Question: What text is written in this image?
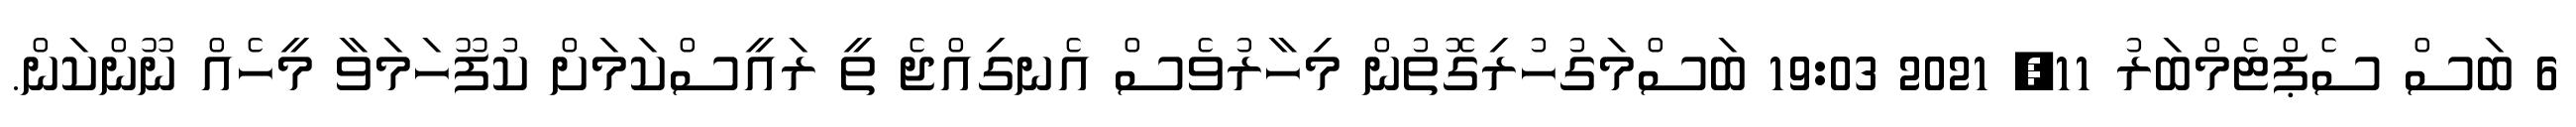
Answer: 6 ބަސް ސެޕްޓެމްބަރު 11, 2021 19:03 ބަސްމަގުހުރިގޮތުން މިހާރުވެސް އެނގިއްޖެ ތީ ރައީސްކަމަށް ކުފޫހަމަވާ މީހެއް ނޫންކަން.